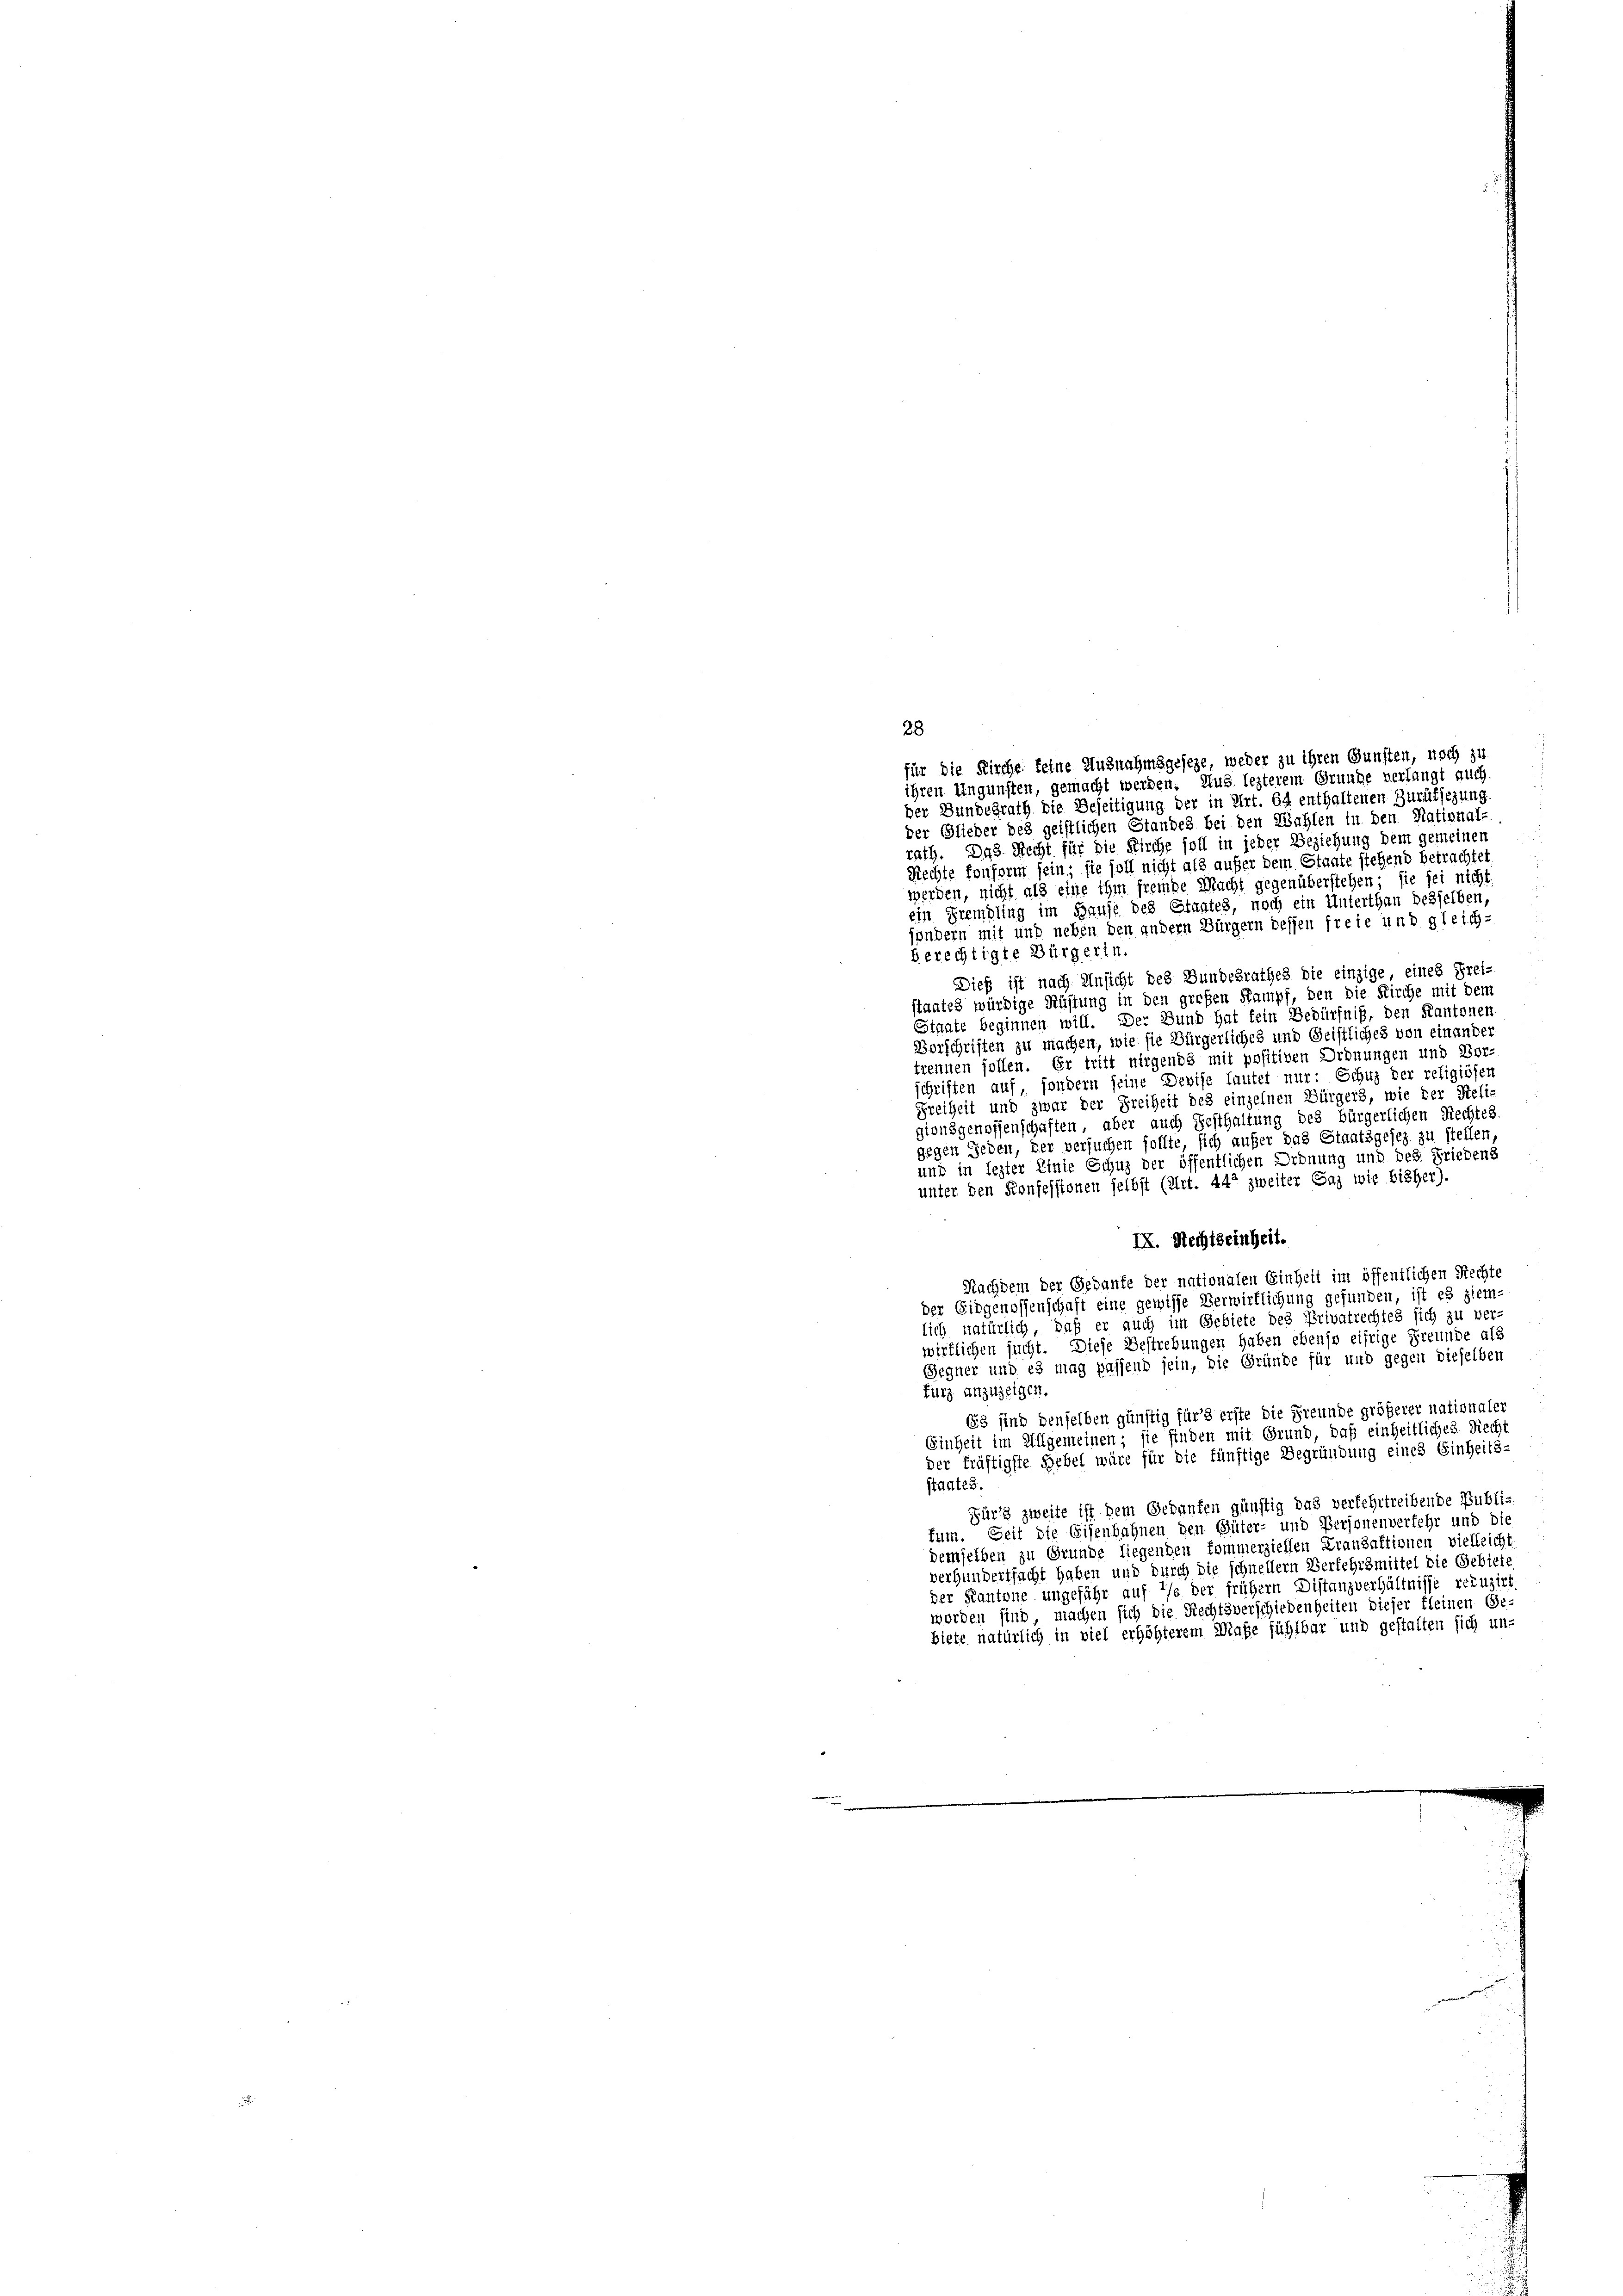
28.
für die Kirche feine Ausnahmsgeseze, weder zu ihren Gunsten, noch zu
ihren Ungunsten, gemacht werden. Aus lezterem Grunde verlangt auch
der Bundesrath die Beseitigung der in Art. 64 enthaltenen Zurüksezung
der Glieder des geistlichen Standes bei den Wahlen in den National-
rath. Das Recht für die Kirche soll in jeder Beziehung dem gemeinen
Rechte fonform sein; sie soll nicht als außer dem Staate stehend betrachtet
werden, nicht als eine ihm fremde Macht gegenüberstehen; sie sei nicht
ein Fremdling im Hause des Staates, noch ein Unterthan besselben,
fondern mit und neben den andern Bürgern dessen freie und gleich-
berechtigte Bürgerin.
Dieß ist nach Ansicht des Bundesrathes die einzige, eines Frei-
staates würdige Rüstung in den großen Kampf, den die Kirche mit dem
Staate beginnen will. Der Bund hat fein Bedürfniß, den Kantoner
Borschriften zu machen, wie sie Bürgerliches und Geistliches von einander
trennen sollen. Er tritt nirgends mit positiven Ordnungen und Vor-
schriften auf, sondern seine Devise lautet nur: Schuz der religiösen
Freiheit und zwar der Freiheit des einzelnen Bürgers, wie der Reli-
gionsgenossenschaften, aber auch Festhaltung des bürgerlichen Rechtes
gegen Jeden, der versuchen sollte, sich aufer das Staatsgesez zu stellen
und in lezter Einie Schuz der öffentlichen Ordnung und des Friedens
unter den Konfessionen selbst (Art. 442 zweiter Gaz wie bisher).
IX. Rechtseinheit.
Nachdem der Gedanke der nationalen Einheit im öffentlichen Rechte
der Eidgenossenschaft eine gewisse Verwirflichung gefunden, ist es ziem-
lich natürlich, daß er auch im Gebiete des Privatrechtes sich zu verwirklichen sucht. Diese Bestrebungen haben ebenso eifrige Freunde als
Gegner und es mag passend sein, die Gründe für und gegen dieselben
Furz anzuzeigen.
63 sind denselben günstig für’s erste die Freunde größerer nationaler
Einheit im Allgemeinen; sie finden mit Grund, daß einheitliches Recht
der fräftigste Hebel wäre für die fünftige Begründung eines Einheits-
staates.
Für’s zweite ist dem Gedanken günstig das verfehrtreibende Publi-
fum. Seit die Eisenbahnen den Güter- und Personenverfehr und die
demselben zu Grunde liegenden kommerziellen Franzaktionen vielleicht
verhundertsacht haben und durch die schnellern Verkehrsmittel die Gebiete
der Kantone ungeführ auf 2/s der früher Distanzverhältnisse reduzirt
worden sind, machen sich die Rechtsverschiedenheiten dieser kleinen Ge-
biete natürlich in viel erhöhterem Maße fühlbar und gestalten sich un-